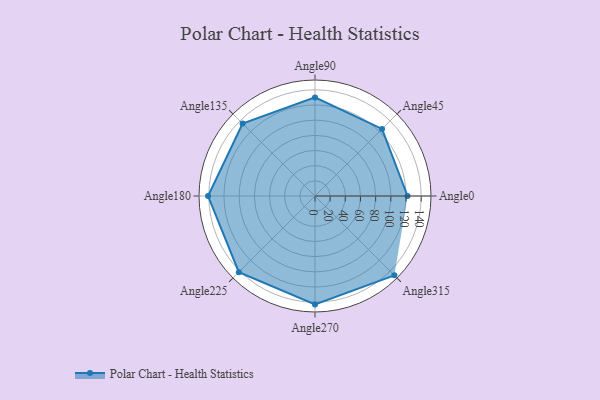
{"axis": {"x": "Angle", "y": "Radius"}, "legend": [""], "data": [{"x": "Angle0", "y": 122.0, "type": ""}, {"x": "Angle45", "y": 125.0, "type": ""}, {"x": "Angle90", "y": 130.0, "type": ""}, {"x": "Angle135", "y": 135.0, "type": ""}, {"x": "Angle180", "y": 141.0, "type": ""}, {"x": "Angle225", "y": 142.0, "type": ""}, {"x": "Angle270", "y": 143.0, "type": ""}, {"x": "Angle315", "y": 148.0, "type": ""}]}